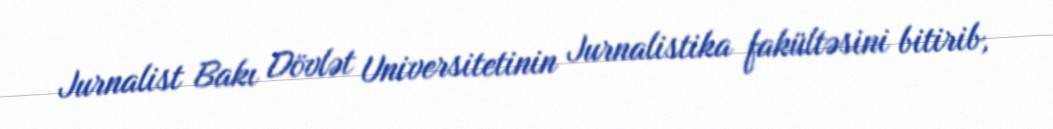
Jurnalist Bakı Dövlət Universitetinin Jurnalistika fakültəsini bitirib,